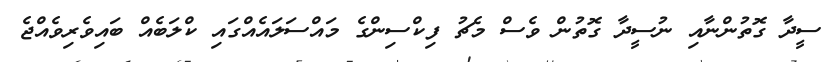
ސީދާ ގޮތުންނާއި ނުސީދާ ގޮތުން ވެސް މެޗު ފިކްސިންގެ މައްސަލައެއްގައި ކްލަބެއް ބައިވެރިވެއްޖެ